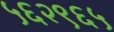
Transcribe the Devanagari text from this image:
५६२९६५